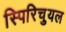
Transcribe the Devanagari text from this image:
स्पिरिचुयल